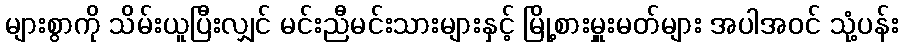
များစွာကို သိမ်းယူပြီးလျှင် မင်းညီမင်းသားများနှင့် မြို့စားမှူးမတ်များ အပါအဝင် သုံ့ပန်း